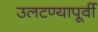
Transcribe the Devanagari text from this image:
उलटण्यापूर्वी